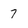
Character: 7